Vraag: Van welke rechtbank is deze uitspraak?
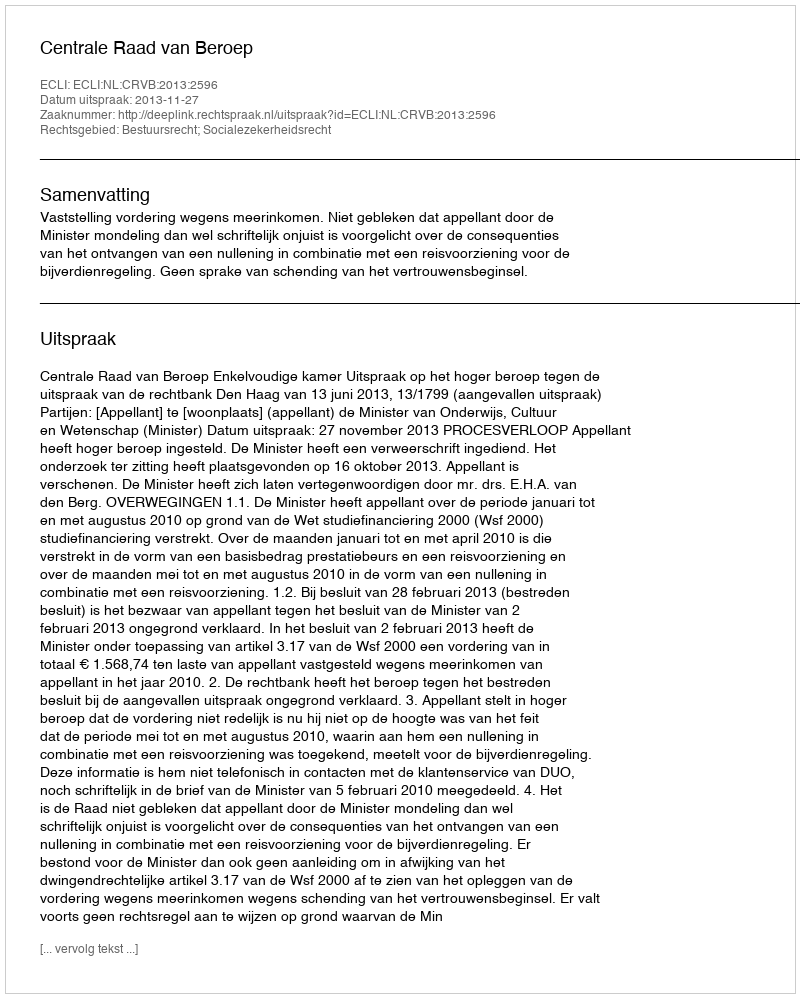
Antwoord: Centrale Raad van Beroep